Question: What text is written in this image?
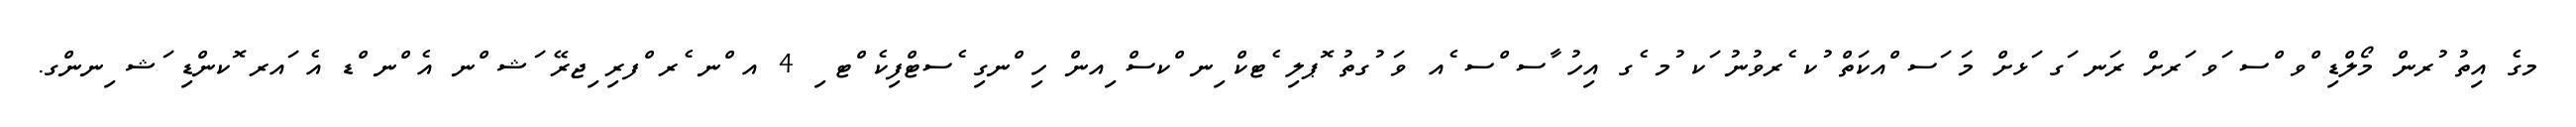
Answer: މގެ އިތު ުރން މޯލްޑި ްވ ްސ ަވ ަރށް ރަނ ަގ ަޅށް މަ ަސ ްއކަތް ުކ ެރވުނު ަކ ުމ ެގ އިހު ާސ ްސ ެއ ވަ ުގތު ޮޕލި ެޓކް ިނ ްކސް ިއން ހި ްނގި ެސޓްފިކެ ްޓ ި 4 އ ްނ ެރ ްފރި ިޖރޭ ަޝ ްނ އެ ްނ ްޑ އެ ައރ ޮކންޑި ަޝ ިނންގ.